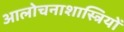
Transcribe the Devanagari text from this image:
आलोचनाशास्त्रियों